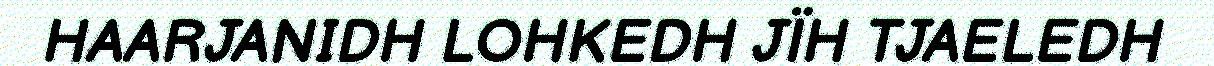
HAARJANIDH LOHKEDH JÏH TJAELEDH